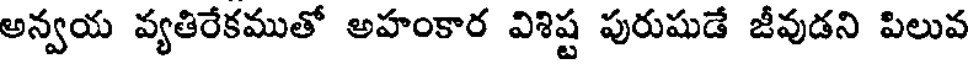
అన్వయ వ్యతిరేకముతో అహంకార విశిష్ట పురుషుడే జీవుడని పిలువ